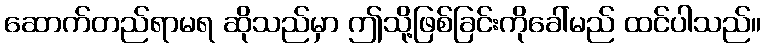
ဆောက်တည်ရာမရ ဆိုသည်မှာ ဤသို့ဖြစ်ခြင်းကိုခေါ်မည် ထင်ပါသည်။